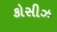
કોસીઝ